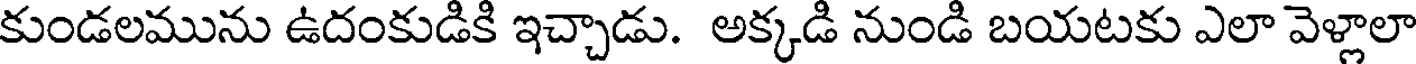
కుండలమును ఉదంకుడికి ఇచ్చాడు. అక్కడి నుండి బయటకు ఎలా వెళ్లాలా